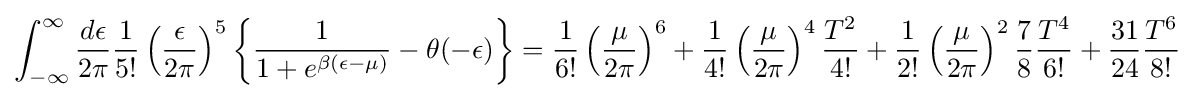
\int _{-\infty }^{\infty }{\frac {d\epsilon }{2\pi }}{\frac {1}{5!}}\left({\frac {\epsilon }{2\pi }}\right)^{5}\left\{{\frac {1}{1+e^{\beta (\epsilon -\mu )}}}-\theta (-\epsilon )\right\}={\frac {1}{6!}}\left({\frac {\mu }{2\pi }}\right)^{6}+{\frac {1}{4!}}\left({\frac {\mu }{2\pi }}\right)^{4}{\frac {T^{2}}{4!}}+{\frac {1}{2!}}\left({\frac {\mu }{2\pi }}\right)^{2}{\frac {7}{8}}{\frac {T^{4}}{6!}}+{\frac {31}{24}}{\frac {T^{6}}{8!}}